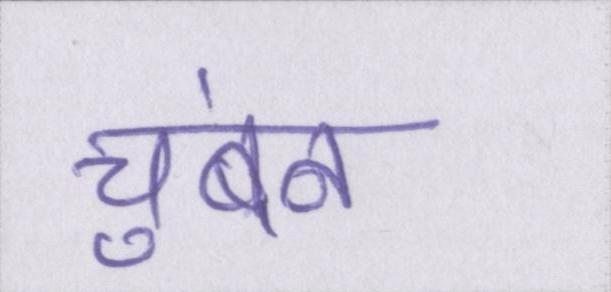
चुंबन